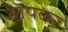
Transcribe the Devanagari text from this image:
घोंपकर